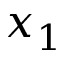
x _ { 1 }